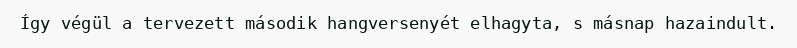
Így végül a tervezett második hangversenyét elhagyta, s másnap hazaindult.